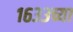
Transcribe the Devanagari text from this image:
१६३३च्या